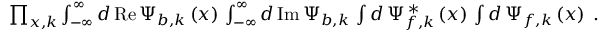
\begin{array} { r } { \prod _ { x , k } \int _ { - \infty } ^ { \infty } d \, \mathrm { R e } \, \Psi _ { b , k } \left( x \right) \, \int _ { - \infty } ^ { \infty } d \, \mathrm { I m } \, \Psi _ { b , k } \, \int d \, \Psi _ { f , k } ^ { \, \ast } \left( x \right) \, \int d \, \Psi _ { f , k } \left( x \right) \; . } \end{array}